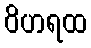
ဝိဟရထ